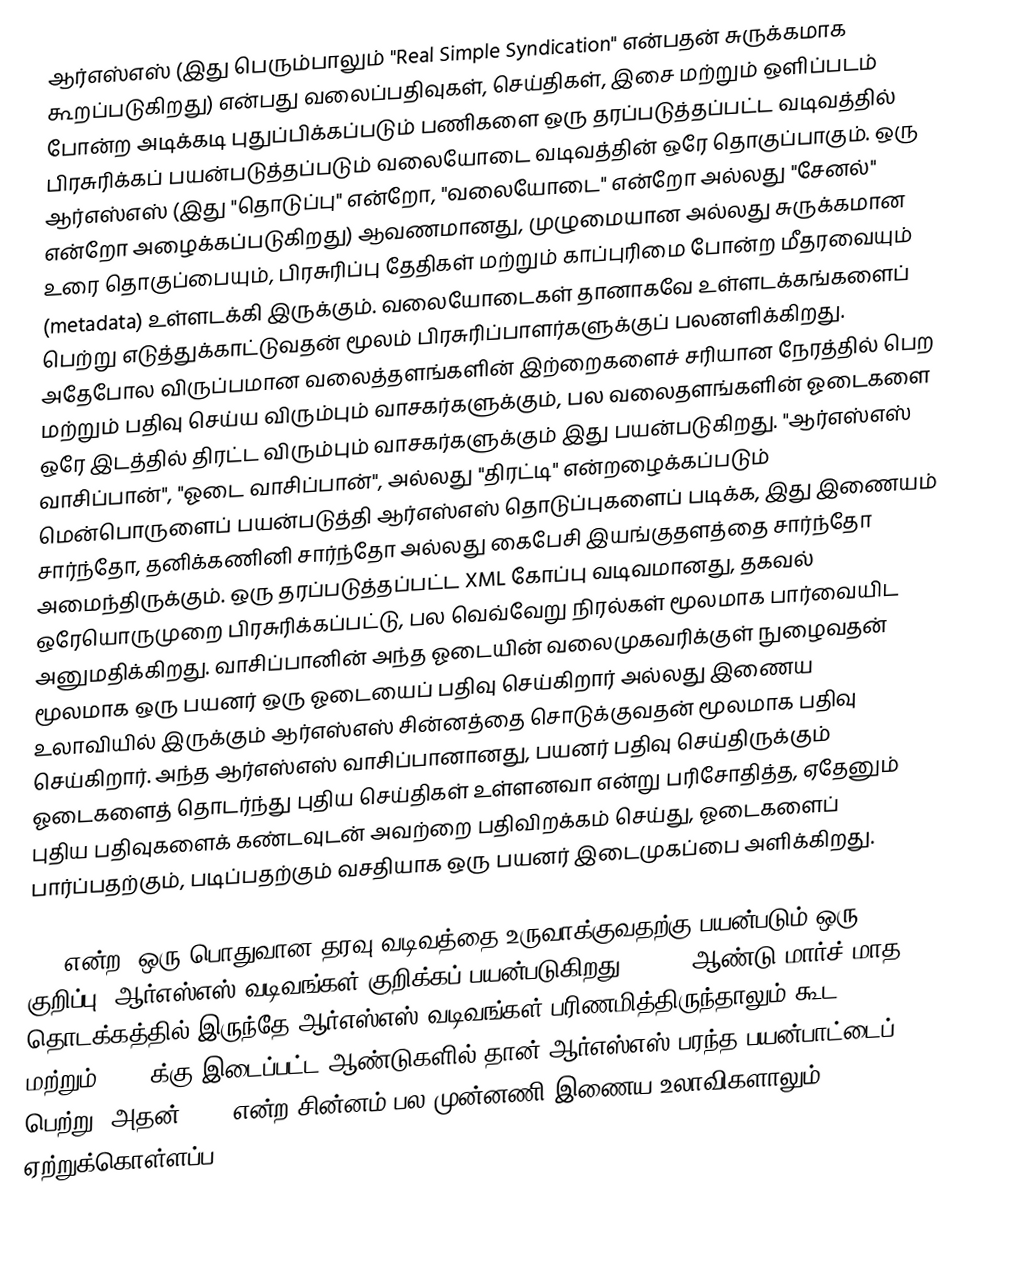
ஆர்எஸ்எஸ் (இது பெரும்பாலும் "Real Simple Syndication" என்பதன் சுருக்கமாக கூறப்படுகிறது) என்பது வலைப்பதிவுகள், செய்திகள், இசை மற்றும் ஒளிப்படம் போன்ற அடிக்கடி புதுப்பிக்கப்படும் பணிகளை ஒரு தரப்படுத்தப்பட்ட வடிவத்தில் பிரசுரிக்கப் பயன்படுத்தப்படும்  வலையோடை வடிவத்தின் ஒரே தொகுப்பாகும். ஒரு ஆர்எஸ்எஸ் (இது "தொடுப்பு" என்றோ, "வலையோடை" என்றோ அல்லது "சேனல்" என்றோ அழைக்கப்படுகிறது) ஆவணமானது, முழுமையான அல்லது சுருக்கமான உரை தொகுப்பையும், பிரசுரிப்பு தேதிகள் மற்றும் காப்புரிமை போன்ற மீதரவையும் (metadata) உள்ளடக்கி இருக்கும். வலையோடைகள் தானாகவே உள்ளடக்கங்களைப் பெற்று எடுத்துக்காட்டுவதன் மூலம் பிரசுரிப்பாளர்களுக்குப் பலனளிக்கிறது. அதேபோல விருப்பமான வலைத்தளங்களின் இற்றைகளைச் சரியான நேரத்தில் பெற மற்றும் பதிவு செய்ய விரும்பும் வாசகர்களுக்கும், பல வலைதளங்களின் ஓடைகளை ஒரே இடத்தில் திரட்ட விரும்பும் வாசகர்களுக்கும் இது பயன்படுகிறது. "ஆர்எஸ்எஸ் வாசிப்பான்", "ஓடை வாசிப்பான்", அல்லது "திரட்டி" என்றழைக்கப்படும் மென்பொருளைப் பயன்படுத்தி ஆர்எஸ்எஸ் தொடுப்புகளைப் படிக்க, இது இணையம் சார்ந்தோ, தனிக்கணினி  சார்ந்தோ அல்லது கைபேசி இயங்குதளத்தை சார்ந்தோ அமைந்திருக்கும். ஒரு தரப்படுத்தப்பட்ட XML கோப்பு வடிவமானது, தகவல் ஒரேயொருமுறை பிரசுரிக்கப்பட்டு, பல வெவ்வேறு நிரல்கள் மூலமாக பார்வையிட அனுமதிக்கிறது. வாசிப்பானின் அந்த ஓடையின் வலைமுகவரிக்குள் நுழைவதன் மூலமாக ஒரு பயனர் ஒரு ஓடையைப் பதிவு செய்கிறார் அல்லது இணைய உலாவியில் இருக்கும் ஆர்எஸ்எஸ் சின்னத்தை சொடுக்குவதன் மூலமாக பதிவு செய்கிறார். அந்த ஆர்எஸ்எஸ் வாசிப்பானானது, பயனர் பதிவு செய்திருக்கும் ஓடைகளைத் தொடர்ந்து புதிய செய்திகள் உள்ளனவா என்று பரிசோதித்த, ஏதேனும் புதிய பதிவுகளைக் கண்டவுடன் அவற்றை பதிவிறக்கம் செய்து, ஓடைகளைப் பார்ப்பதற்கும், படிப்பதற்கும் வசதியாக ஒரு பயனர் இடைமுகப்பை அளிக்கிறது.

XML என்ற, ஒரு பொதுவான தரவு வடிவத்தை உருவாக்குவதற்கு பயன்படும் ஒரு குறிப்பு, ஆர்எஸ்எஸ் வடிவங்கள் குறிக்கப் பயன்படுகிறது. 1999- ஆண்டு மார்ச் மாத தொடக்கத்தில் இருந்தே ஆர்எஸ்எஸ் வடிவங்கள் பரிணமித்திருந்தாலும் கூட, 2005 மற்றும் 2006-க்கு இடைப்பட்ட ஆண்டுகளில் தான் ஆர்எஸ்எஸ் பரந்த பயன்பாட்டைப் பெற்று, அதன் ("") என்ற சின்னம் பல முன்னணி இணைய உலாவிகளாலும் ஏற்றுக்கொள்ளப்ப